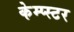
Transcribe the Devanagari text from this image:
केम्प्स्टर